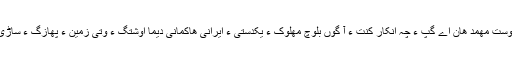
امیر دوست مھمد ھان اے گپ ءَ چہ انکار کنت ءُ آ گوں بلوچ مھلوک ءِ یکدستی ءَ ایرانی ھاکمانی دیما اوشتگ ءُ وتی زمین ءِ پھازگ ءَ ساڑی بیت۔